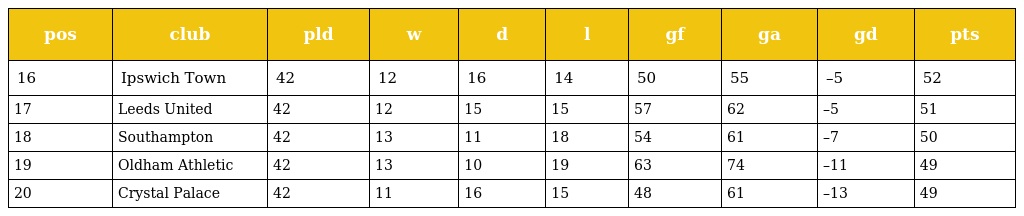
| pos | club | pld | w | d | l | gf | ga | gd | pts |
 | --- | --- | --- | --- | --- | --- | --- | --- | --- | --- |
 | 16 | Ipswich Town | 42 | 12 | 16 | 14 | 50 | 55 | –5 | 52 |
 | 17 | Leeds United | 42 | 12 | 15 | 15 | 57 | 62 | –5 | 51 |
 | 18 | Southampton | 42 | 13 | 11 | 18 | 54 | 61 | –7 | 50 |
 | 19 | Oldham Athletic | 42 | 13 | 10 | 19 | 63 | 74 | –11 | 49 |
 | 20 | Crystal Palace | 42 | 11 | 16 | 15 | 48 | 61 | –13 | 49 |